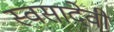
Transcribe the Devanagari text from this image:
स्वसादेवी